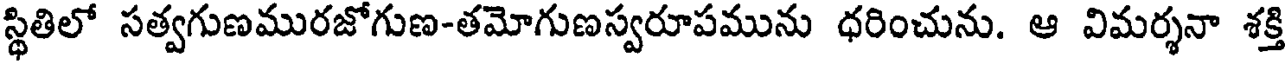
స్థితిలో సత్వగుణమురజోగుణ-తమోగుణస్వరూపమును ధరించును. ఆ విమర్శనా శక్తి